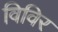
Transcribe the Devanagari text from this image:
विविर